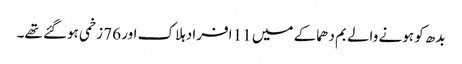
بدھ کو ہونے والے بم دھماکے میں 11 افراد ہلاک اور 76 زخمی ہوگئے تھے۔